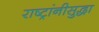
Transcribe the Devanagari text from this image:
राष्ट्रांनीसुद्धा